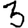
Digit: 3